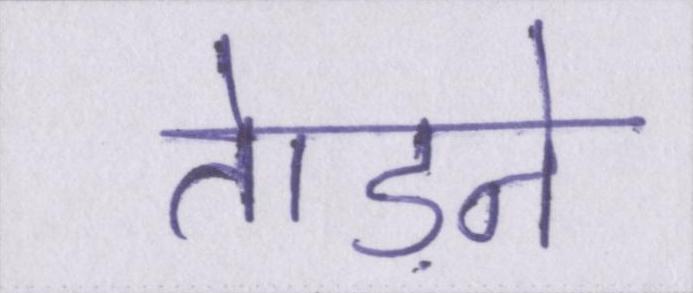
तेाड़ने